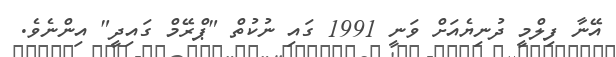
އޭނާ ފިލްމީ ދުނިޔެއަށް ވަނީ 1991 ގައި ނުކުތް "ޕްރޭމް ގައިދީ" އިންނެވެ.